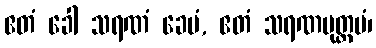
ဧတံ ခေါ သရဏံ ခေမံ, ဧတံ သရဏမုတ္တမံ၊